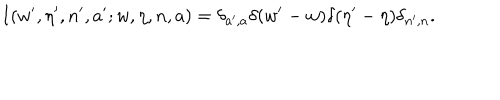
I ( w ^ { \prime } , \eta ^ { \prime } , n ^ { \prime } , a ^ { \prime } ; w , \eta , n , a ) = \delta _ { a ^ { \prime } , a } \delta ( w ^ { \prime } - w ) \delta ( \eta ^ { \prime } - \eta ) \delta _ { n ^ { \prime } , n } .